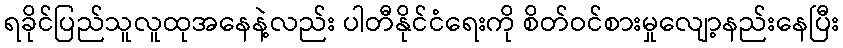
ရခိုင်ပြည်သူလူထုအနေနဲ့လည်း ပါတီနိုင်ငံရေးကို စိတ်ဝင်စားမှုလျော့နည်းနေပြီး